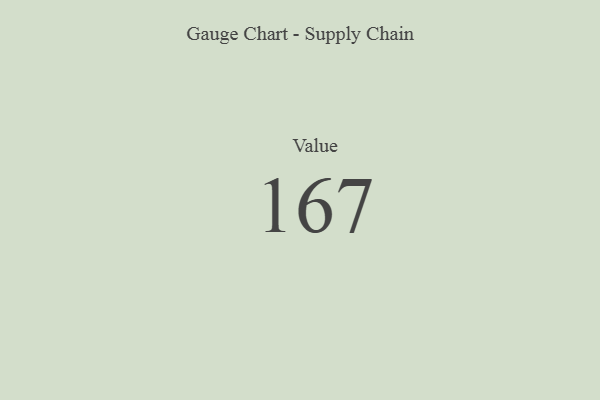
{"axis": {"x": "Metric", "y": "Value"}, "legend": [""], "data": [{"x": "Value", "y": 167, "type": ""}]}